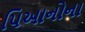
પિઆનોના